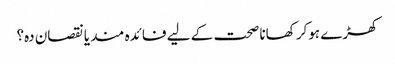
کھڑے ہوکر کھانا صحت کے لیے فائدہ مند یانقصان دہ؟